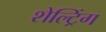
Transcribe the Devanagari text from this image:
शेल्ट्रिंग